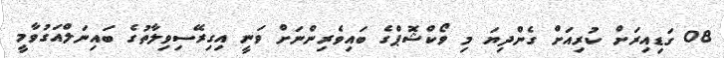
08 ގަޑިއިރަށް ކުރިއަށް ގެންދިޔަ މި ވޯކްޝޮޕްގެ ބައިވެރިންނަށް ވަނީ އިގިރޭސިވިލާތުގެ ބައިނަލްއަގުވާމީ